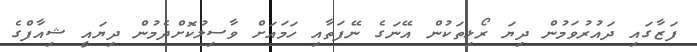
ފަޒާގައި ދައުރުވަމުން ދިޔަ ރޯޅިތަކުން އޭނަގެ ނޭފަތާއި ހަމައަށް ވާސިލުކޮށްދެމުން ދިޔައީ ޝިއާފްގެ